Indian journal of veterinary science and animal husbandry - Volume 5,
Year: 1935
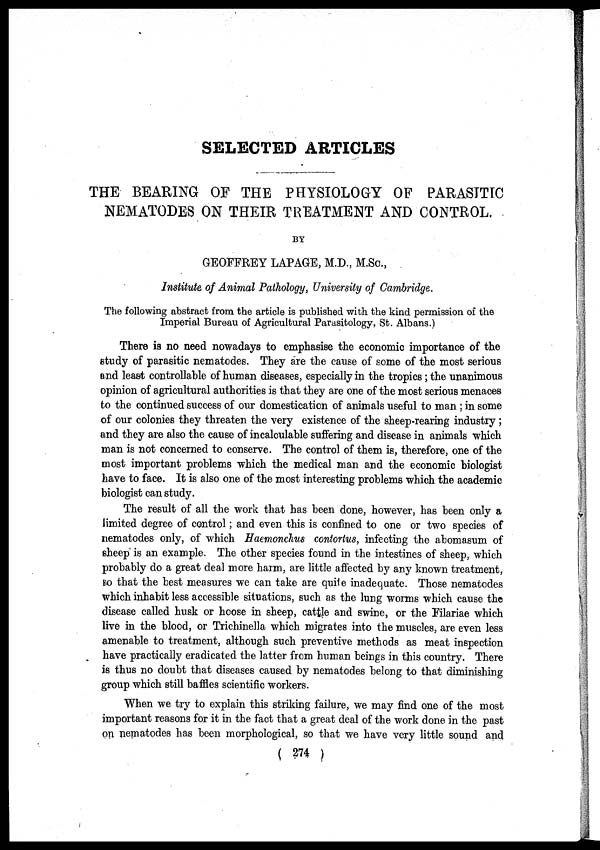
SELECTED ARTICLES
THE BEARING OF THE PHYSIOLOGY OF PARASITIC
NEMATODES ON THEIR TREATMENT AND CONTROL.
BY
GEOFFREY LAPAGE, M.D., M.Sc.,
Institute of Animal Pathology, University of Cambridge.
The following abstract from the article is published with the kind permission of the
Imperial Bureau of Agricultural Parasitology, St. Albans.)
There is no need nowadays to emphasise the economic importance of the
study of parasitic nematodes. They are the cause of some of the most serious
and least controllable of human diseases, especially in the tropics ; the unanimous
opinion of agricultural authorities is that they are one of the most serious menaces
to the continued success of our domestication of animals useful to man ; in some
of our colonies they threaten the very existence of the sheep-rearing industry;
and they are also the cause of incalculable suffering and disease in animals which
man is not concerned to conserve. The control of them is, therefore, one of the
most important problems which the medical man and the economic biologist
have to face. It is also one of the most interesting problems which the academic
biologist can study.
The result of all the work that has been done, however, has been only a
limited degree of control; and even this is confined to one or two species of
nematodes only, of which Haemonchus contortus, infecting the abomasum of
sheep is an example. The other species found in the intestines of sheep, which
probably do a great deal more harm, are little affected by any known treatment,
so that the best measures we can take are quite inadequate. Those nematodes
which inhabit less accessible situations, such as the lung worms which cause the
disease called husk or hoose in sheep, cattle and swine, or the Filariae which
live in the blood, or Trichinella which migrates into the muscles, are even less
amenable to treatment, although such preventive methods as meat inspection
have practically eradicated the latter from human beings in this country. There
is thus no doubt that diseases caused by nematodes belong to that diminishing
group which still baffles scientific workers.
When we try to explain this striking failure, we may find one of the most
important reasons for it in the fact that a great deal of the work done in the past
on nematodes has been morphological, so that we have very little sound and
( 274 )